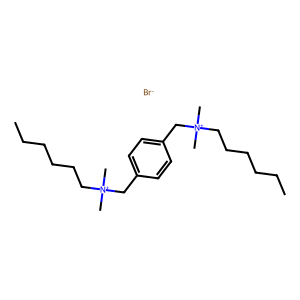
SMILES: CCCCCC[N+](C)(C)Cc1ccc(C[N+](C)(C)CCCCCC)cc1.[Br-]
Inhibits HIV replication: No